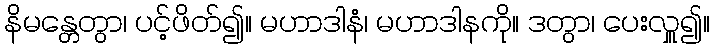
နိမန္တေတွာ၊ ပင့်ဖိတ်၍။ မဟာဒါနံ၊ မဟာဒါနကို။ ဒတွာ၊ ပေးလှူ၍။